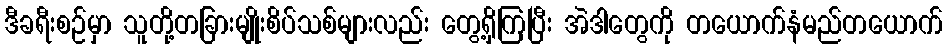
ဒီခရီးစဉ်မှာ သူတို့တခြားမျိုးစိပ်သစ်များလည်း တွေ့ရှိကြပြီး အဲဒါတွေကို တယောက်နံမည်တယောက်